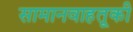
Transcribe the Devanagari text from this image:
सामानवाहतूकी